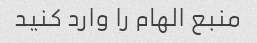
منبع الهام را وارد کنید